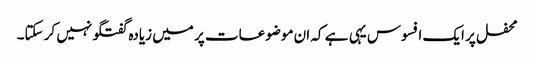
محفل پر ایک افسوس یہی ہے کہ ان موضوعات پر میں زیادہ گفتگو نہیں کر سکتا۔